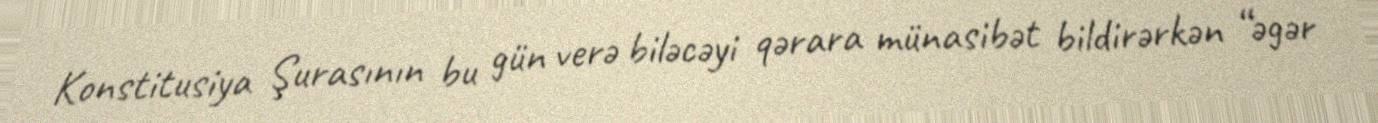
Konstitusiya Şurasının bu gün verə biləcəyi qərara münasibət bildirərkən “əgər